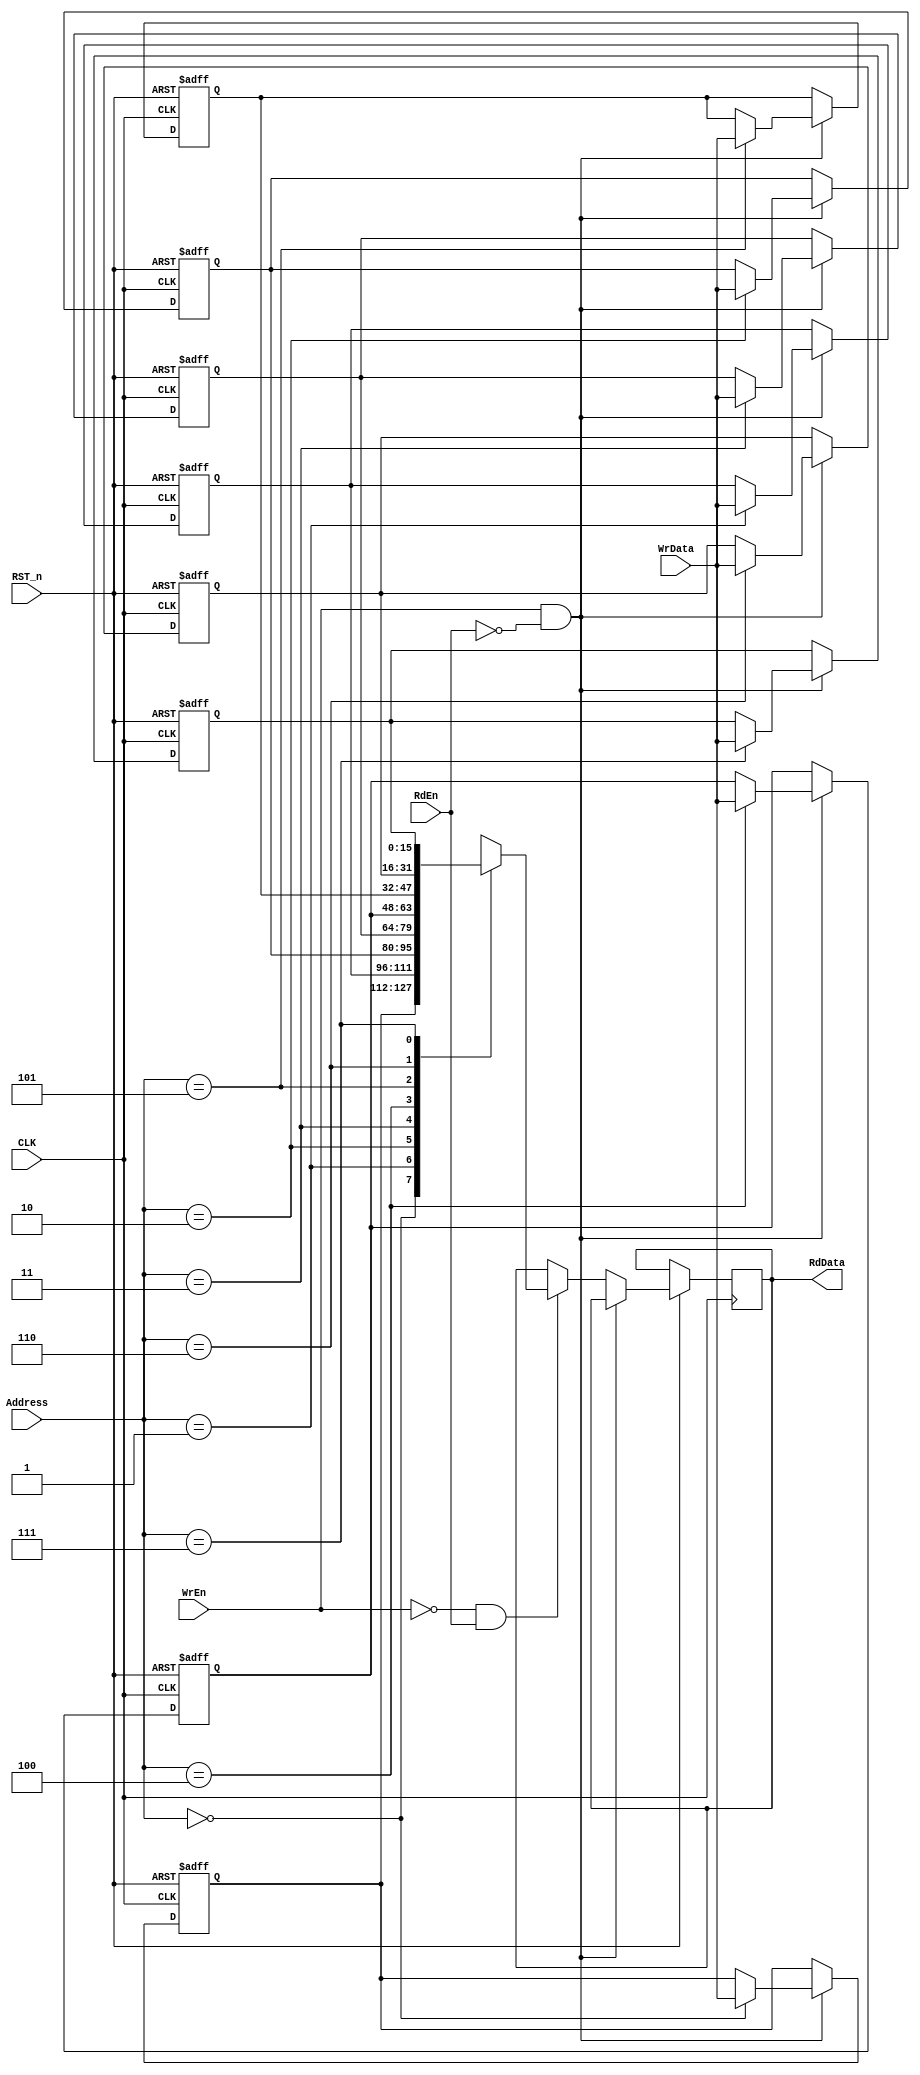
`timescale 1ns / 1ps
//////////////////////////////////////////////////////////////////////////////////
// Diploma: By Eng. Ali Mohamed Eltemsah
// Design Name: DigIC_Dip08_09_V_W3
// Module Name: Register_File
// Project Name: Assignment 4.2
//////////////////////////////////////////////////////////////////////////////////

module Register_File #(parameter MEM_WIDTH = 16, MEM_DEPTH = 8)
    (
        input   wire [MEM_WIDTH - 1 : 0] WrData,
        input   wire [$clog2(MEM_DEPTH) - 1 : 0] Address,
        input   wire CLK, RST_n,
        input   wire WrEn, RdEn,
        output  reg [15 : 0] RdData
    );
    
    reg [MEM_WIDTH - 1 : 0] memory [MEM_DEPTH - 1 : 0];
    integer i;
    always @(posedge CLK, negedge RST_n)
        begin
            if (~RST_n)
                for (i = 0; i < MEM_DEPTH; i = i + 1)
                    begin
                        memory[i] <= 'b0;
                    end
            else if (WrEn && ~RdEn)
                memory[Address] <= WrData;
            else if (~WrEn && RdEn)
                RdData <= memory[Address];
        end
endmodule